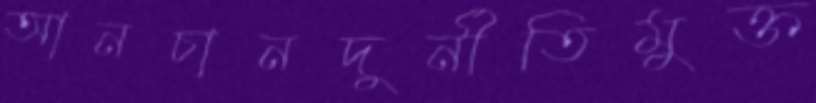
আনচানদুর্নীতিমুক্ত